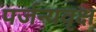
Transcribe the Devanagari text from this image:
पर्जन्यवृक्ष